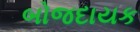
બોજદાયક